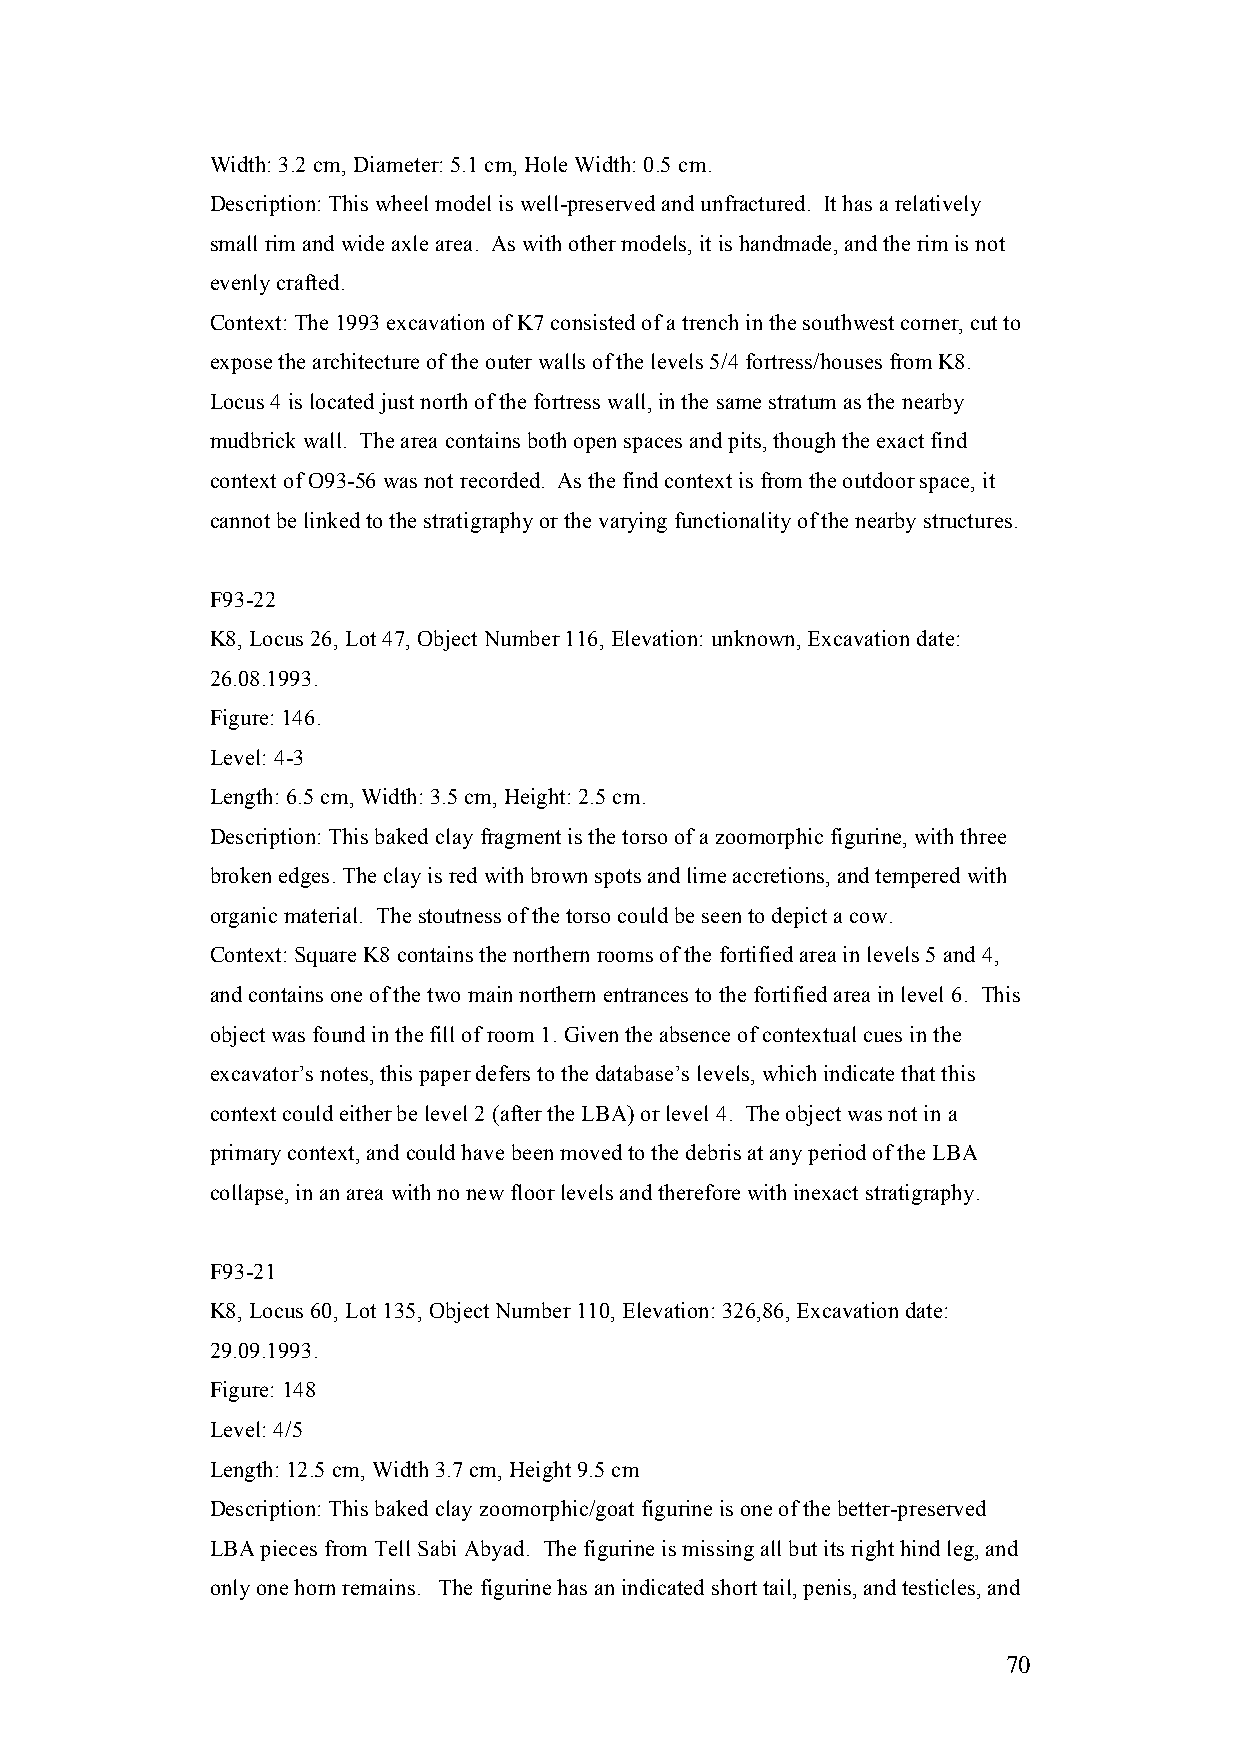
Width: 3.2 cm, Diameter: 5.1 cm, Hole Width: 0.5 cm.
 Description: This wheel model is well-preserved and unfractured. It has a relatively
 small rim and wide axle area. As with other models, it is handmade, and the rim is not
 evenly crafted.
 Context: The 1993 excavation of K7 consisted of a trench in the southwest corner, cut to
 expose the architecture of the outer walls of the levels 5/4 fortress/houses from K8.
 Locus 4 is located just north of the fortress wall, in the same stratum as the nearby
 mudbrick wall. The area contains both open spaces and pits, though the exact find
 context of O93-56 was not recorded. As the find context is from the outdoor space, it
 cannot be linked to the stratigraphy or the varying functionality of the nearby structures.
 F93-22
 K8, Locus 26, Lot 47, Object Number 116, Elevation: unknown, Excavation date:
 26.08.1993.
 Figure: 146.
 Level: 4-3
 Length: 6.5 cm, Width: 3.5 cm, Height: 2.5 cm.
 Description: This baked clay fragment is the torso of a zoomorphic figurine, with three
 broken edges. The clay is red with brown spots and lime accretions, and tempered with
 organic material. The stoutness of the torso could be seen to depict a cow.
 Context: Square K8 contains the northern rooms of the fortified area in levels 5 and 4,
 and contains one of the two main northern entrances to the fortified area in level 6. This
 object was found in the fill of room 1. Given the absence of contextual cues in the
 excavator’s notes, this paper defers to the database’s levels, which indicate that this
 context could either be level 2 (after the LBA) or level 4. The object was not in a
 primary context, and could have been moved to the debris at any period of the LBA
 collapse, in an area with no new floor levels and therefore with inexact stratigraphy.
 F93-21
 K8, Locus 60, Lot 135, Object Number 110, Elevation: 326,86, Excavation date:
 29.09.1993.
 Figure: 148
 Level: 4/5
 Length: 12.5 cm, Width 3.7 cm, Height 9.5 cm
 Description: This baked clay zoomorphic/goat figurine is one of the better-preserved
 LBA pieces from Tell Sabi Abyad. The figurine is missing all but its right hind leg, and
 only one horn remains. The figurine has an indicated short tail, penis, and testicles, and
 70